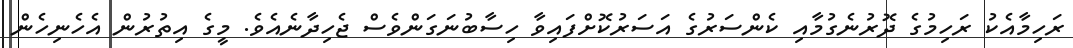
ރަހިމާއެކު ރަހިމުގެ ދޮރުނެގުމާއި ކެންސަރުގެ އަސަރުކޮށްފައިވާ ހިސާބުނަގަންވެސް ޖެހިދާނެއެވެ. މީގެ އިތުރުން އެހެނިހެން